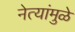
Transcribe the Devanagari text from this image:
नेत्यांमुळे